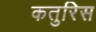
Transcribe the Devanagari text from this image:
कतुरिस